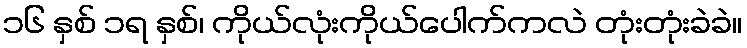
၁၆ နှစ် ၁ရ နှစ်၊ ကိုယ်လုံးကိုယ်ပေါက်ကလဲ တုံးတုံးခဲခဲ။